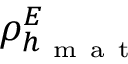
\rho _ { h _ { \mathrm { ~ m ~ a ~ t ~ } } } ^ { E }